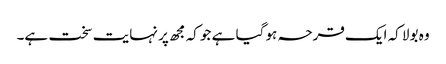
وہ بولا کہ ایک قرحہ ہو گیا ہے جو کہ مجھ پر نہایت سخت ہے۔